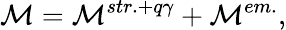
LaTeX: \mathcal{M}=\mathcal{M}^{str.+q\gamma}+\mathcal{M}^{em.},